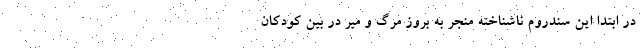
در ابتدا این سندروم ناشناخته منجر به بروز مرگ و میر در بین کودکان